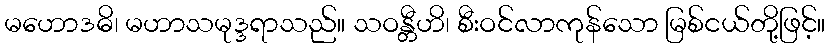
မဟောဒဓိ၊ မဟာသမုဒ္ဒရာသည်။ သဝန္တီဟိ၊ စီးဝင်လာကုန်သော မြစ်ငယ်တို့ဖြင့်။